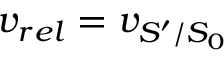
v _ { r e l } = v _ { S ^ { \prime } / S _ { 0 } }